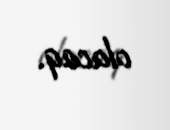
olacaq.